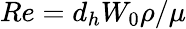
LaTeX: Re=d_{h}W_{0}\rho/\mu